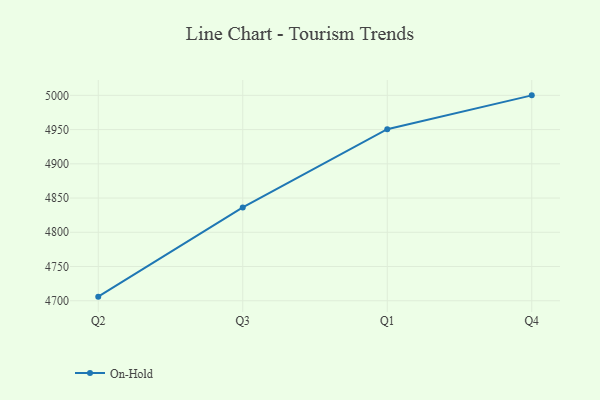
{"axis": {"x": "Quarter", "y": "Demand Index"}, "legend": ["On-Hold"], "data": [{"x": "Q2", "y": 4706.0, "type": "On-Hold"}, {"x": "Q3", "y": 4836.3, "type": "On-Hold"}, {"x": "Q1", "y": 4950.6, "type": "On-Hold"}, {"x": "Q4", "y": 5000, "type": "On-Hold"}]}